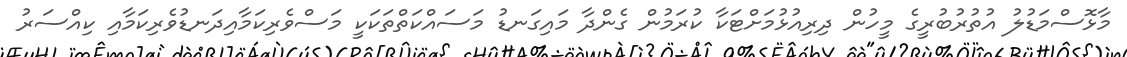
މާޅޮސްމަޑުލު އުތުރުބުރީގެ މީހުން ދިރިއުޅުމަށްޓަކާ ކުރަމުން ގެންދާ މައިގަނޑު މަސައްކަތްތަކަކީ މަސްވެރިކަމާއިދަނޑުވެރިކަމާއި ކިއްސަރު